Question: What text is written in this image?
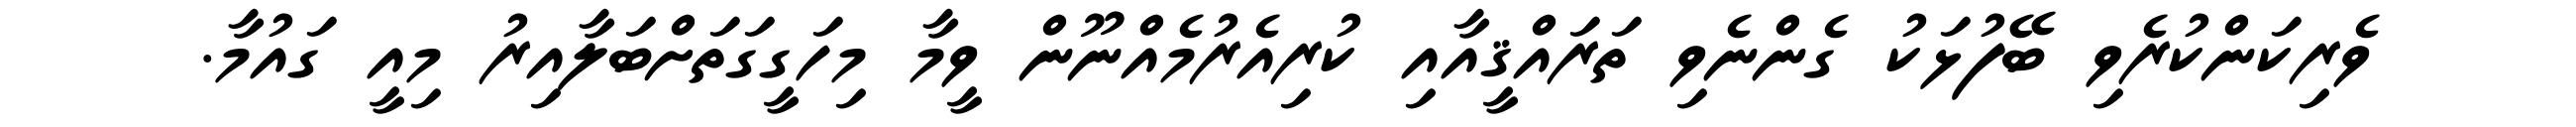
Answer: ވެރިކަންކުރެވި ބޭފުޅަކު ގެންނެވި ތަރައްޤީއާއި ކުރިއެރުމެއްނޫން ވީމާ މިހަގީގަތަށްބަލާއިރު މިއީ ގައުމާ.